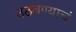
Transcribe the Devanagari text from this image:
उठवण्याचं